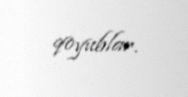
qoyublar.